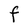
Character: F